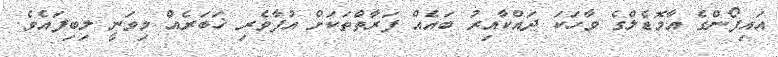
އައިފޯންގެ އާމޮޑެލްގެ ވާހަކަ ދައްކާއިރު ބައެއް ފަރާތްތަކަށް އުފާވެރި ޚަބަރެއް މިވަނީ ލިބިފައެވެ.